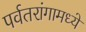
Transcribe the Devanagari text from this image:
पर्वतरांगामध्ये